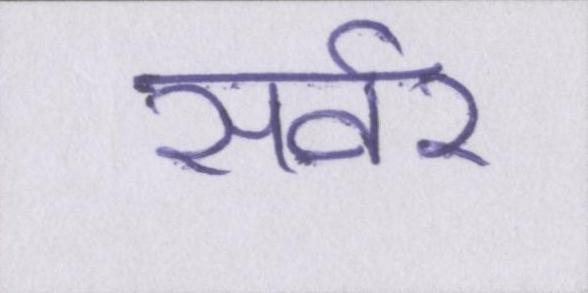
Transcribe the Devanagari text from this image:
सर्वर